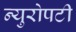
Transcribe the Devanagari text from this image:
न्युरोपटी